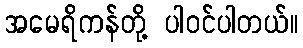
အမေရိကန်တို့ ပါဝင်ပါတယ်။